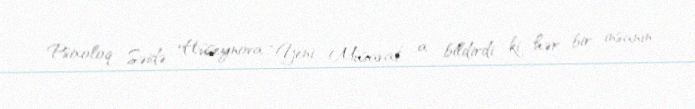
Psixoloq Səidə Hüseynova “Yeni Müsavat” a bildirdi ki, hər bir insanın